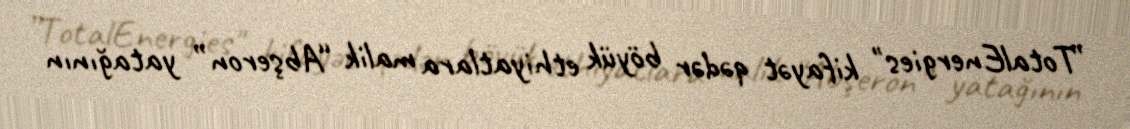
”TotalEnergies" kifayət qədər böyük ethiyatlara malik “Abşeron” yatağının